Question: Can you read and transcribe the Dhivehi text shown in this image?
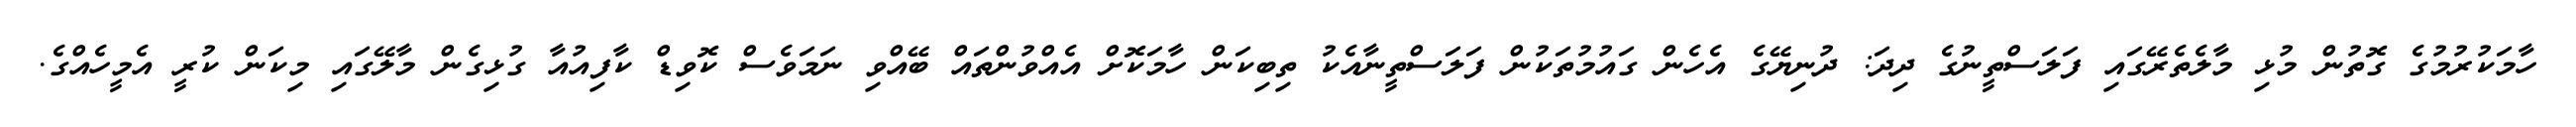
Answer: ހާމަކުރުމުގެ ގޮތުން މުޅި މާލެތެރޭގައި ފަލަސްތީނުގެ ދިދަ: ދުނިޔޭގެ އެހެން ގައުމުތަކުން ފަލަސްތީނާއެކު ތިބިކަން ހާމަކޮށް އެއްވުންތައް ބޭއްވި ނަމަވެސް ކޮވިޑް ކާފިއުއާ ގުޅިގެން މާލޭގައި މިކަން ކުރީ އެމީހެއްގެ.